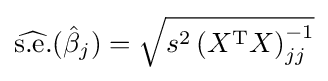
{\widehat {\operatorname {s.\!e.} }}({\hat {\beta }}_{j})={\sqrt {s^{2}\left(X^{\operatorname {T} }X\right)_{jj}^{-1}}}